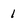
Character: 1